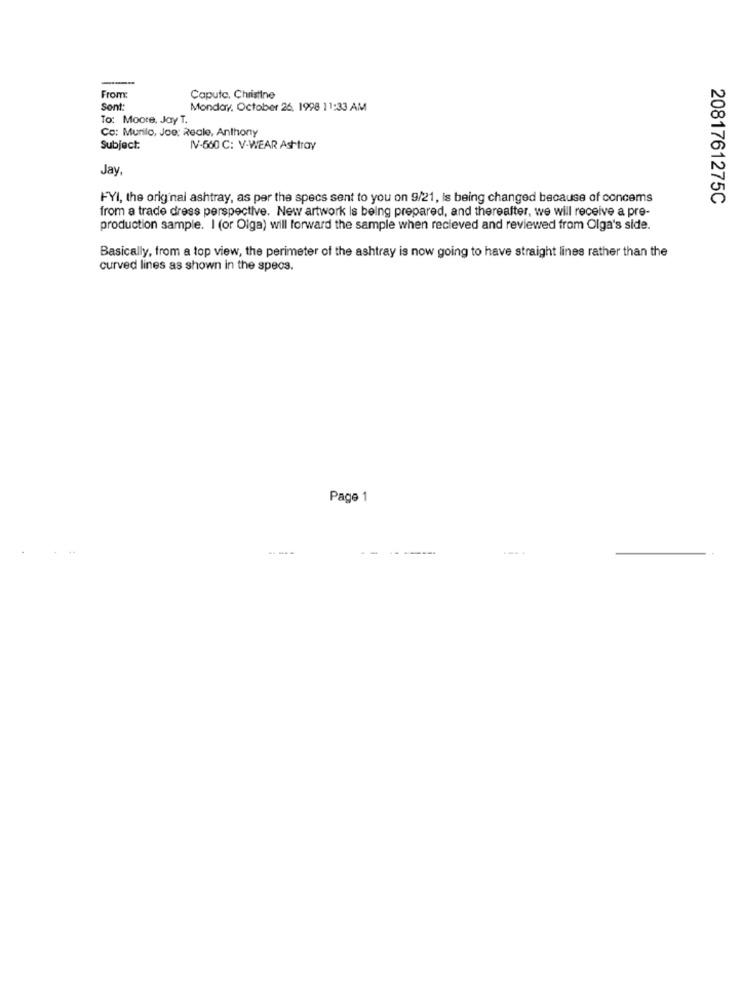
From:
Caputo, Christine
Sont:
Monday, October 26, 1998 11:33 AM
To: Moore, Jay T.
Co: Murilo, Joe: Reale, Anthony
Subject:
IV-500 C: V-WEAR Ashtray
Jay
FYI, the original ashtray, as per the specs sent to you on 9/21, Is being changed because of concems
2081761275C
from a trade dress perspective. New artwork is being prepared, and thereafter, we will receive a pre-
production sample. I (or Olga) will forward the sample when recieved and reviewed from Olga's side.
Basically, from a top view, the perimeter of the ashtray is now going to have straight lines rather than the
curved lines as shown in the specs.
Page 1
---